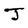
Character: J